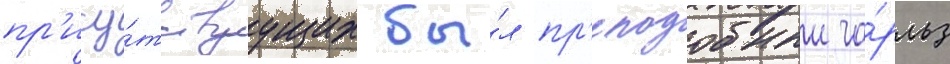
пр'ису́тствуущих бы́л пр'еподобныи ча́рльз